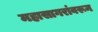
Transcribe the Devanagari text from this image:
महासागरांवरून